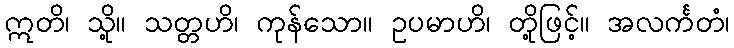
ဣတိ၊ သို့။ သတ္တဟိ၊ ကုန်သော။ ဥပမာဟိ၊ တို့ဖြင့်။ အလင်္ကတံ၊